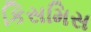
કિસમિસ